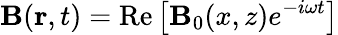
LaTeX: {\mathbf B}({\mathbf r},t)=\mathrm{Re}\left[{\mathbf B}_{0}(x,z)e^{-i\omega t}\right]